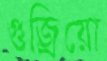
গুজ্‌রিয়ো